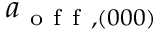
a _ { \mathrm { ~ o ~ f ~ f ~ } , ( 0 0 0 ) }